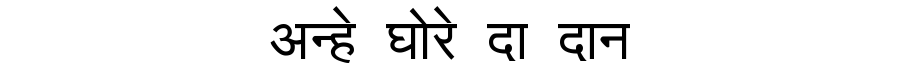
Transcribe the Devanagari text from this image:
अन्हे घोरे दा दान